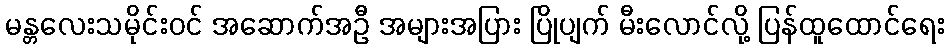
မန္တလေးသမိုင်းဝင် အဆောက်အဦ အများအပြား ပြိုပျက် မီးလောင်လို့ ပြန်ထူထောင်ရေး